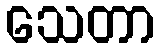
သေတာ